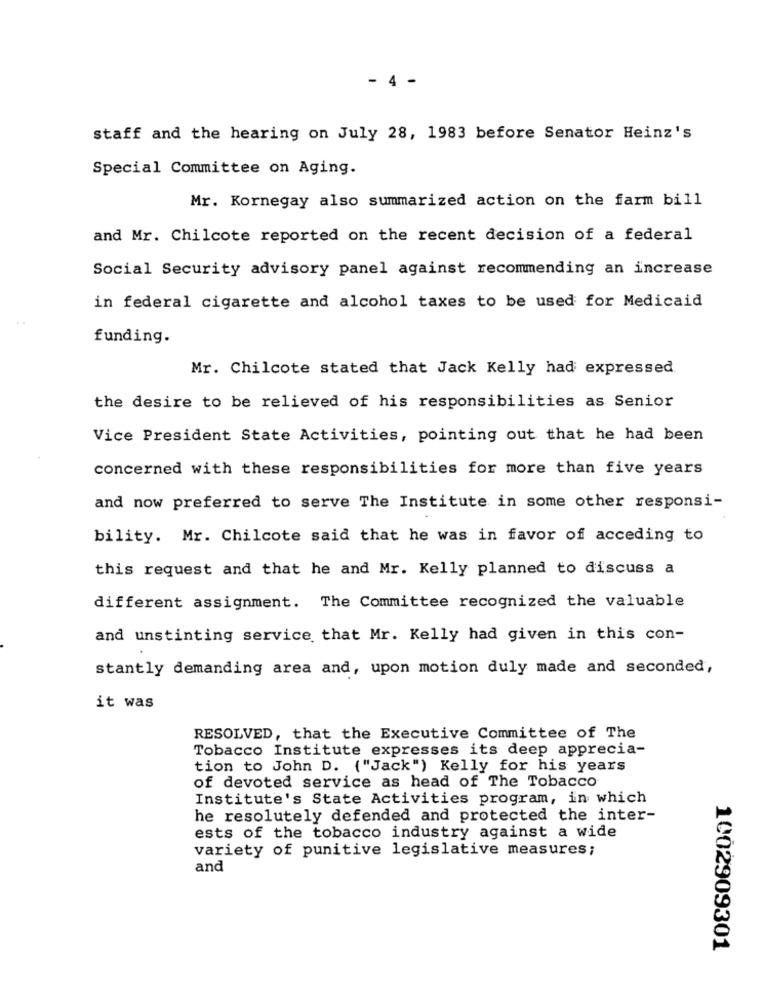
- 4 -
staff and the hearing on July 28, 1983 before Senator Heinz's
Special Committee on Aging.
Mr. Kornegay also summarized action on the farm bill
and Mr. Chilcote reported on the recent decision of a federal
Social Security advisory panel against recommending an increase
in federal cigarette and alcohol taxes to be used for Medicaid
funding.
Mr. Chilcote stated that Jack Kelly had expressed
the desire to be relieved of his responsibilities as Senior
Vice President State Activities, pointing out that he had been
concerned with these responsibilities for more than five years
and now preferred to serve The Institute in some other responsi-
bility. Mr. Chilcote said that he was in favor of acceding to
this request and that he and Mr. Kelly planned to discuss a
different assignment. The Committee recognized the valuable
and unstinting service that Mr. Kelly had given in this con-
stantly demanding area and, upon motion duly made and seconded,
it was
RESOLVED, that the Executive Committee of The
Tobacco Institute expresses its deep apprecia-
tion to John D. ("Jack") Kelly for his years
of devoted service as head of The Tobacco
Institute's State Activities program, in which
he resolutely defended and protected the inter-
ests of the tobacco industry against a wide
variety of punitive legislative measures;
and
1002909301